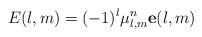
LaTeX: \begin{align*}E(l,m)=(-1)^{l}\mu_{l,m}^{n}\mathbf{e}(l,m)\end{align*}